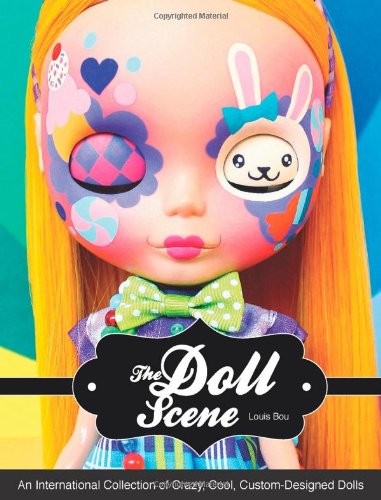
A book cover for The Doll Scene: An International Collection of Crazy, Cool, Custom-Designed Dolls; Louis Bou; Crafts, Hobbies & Home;